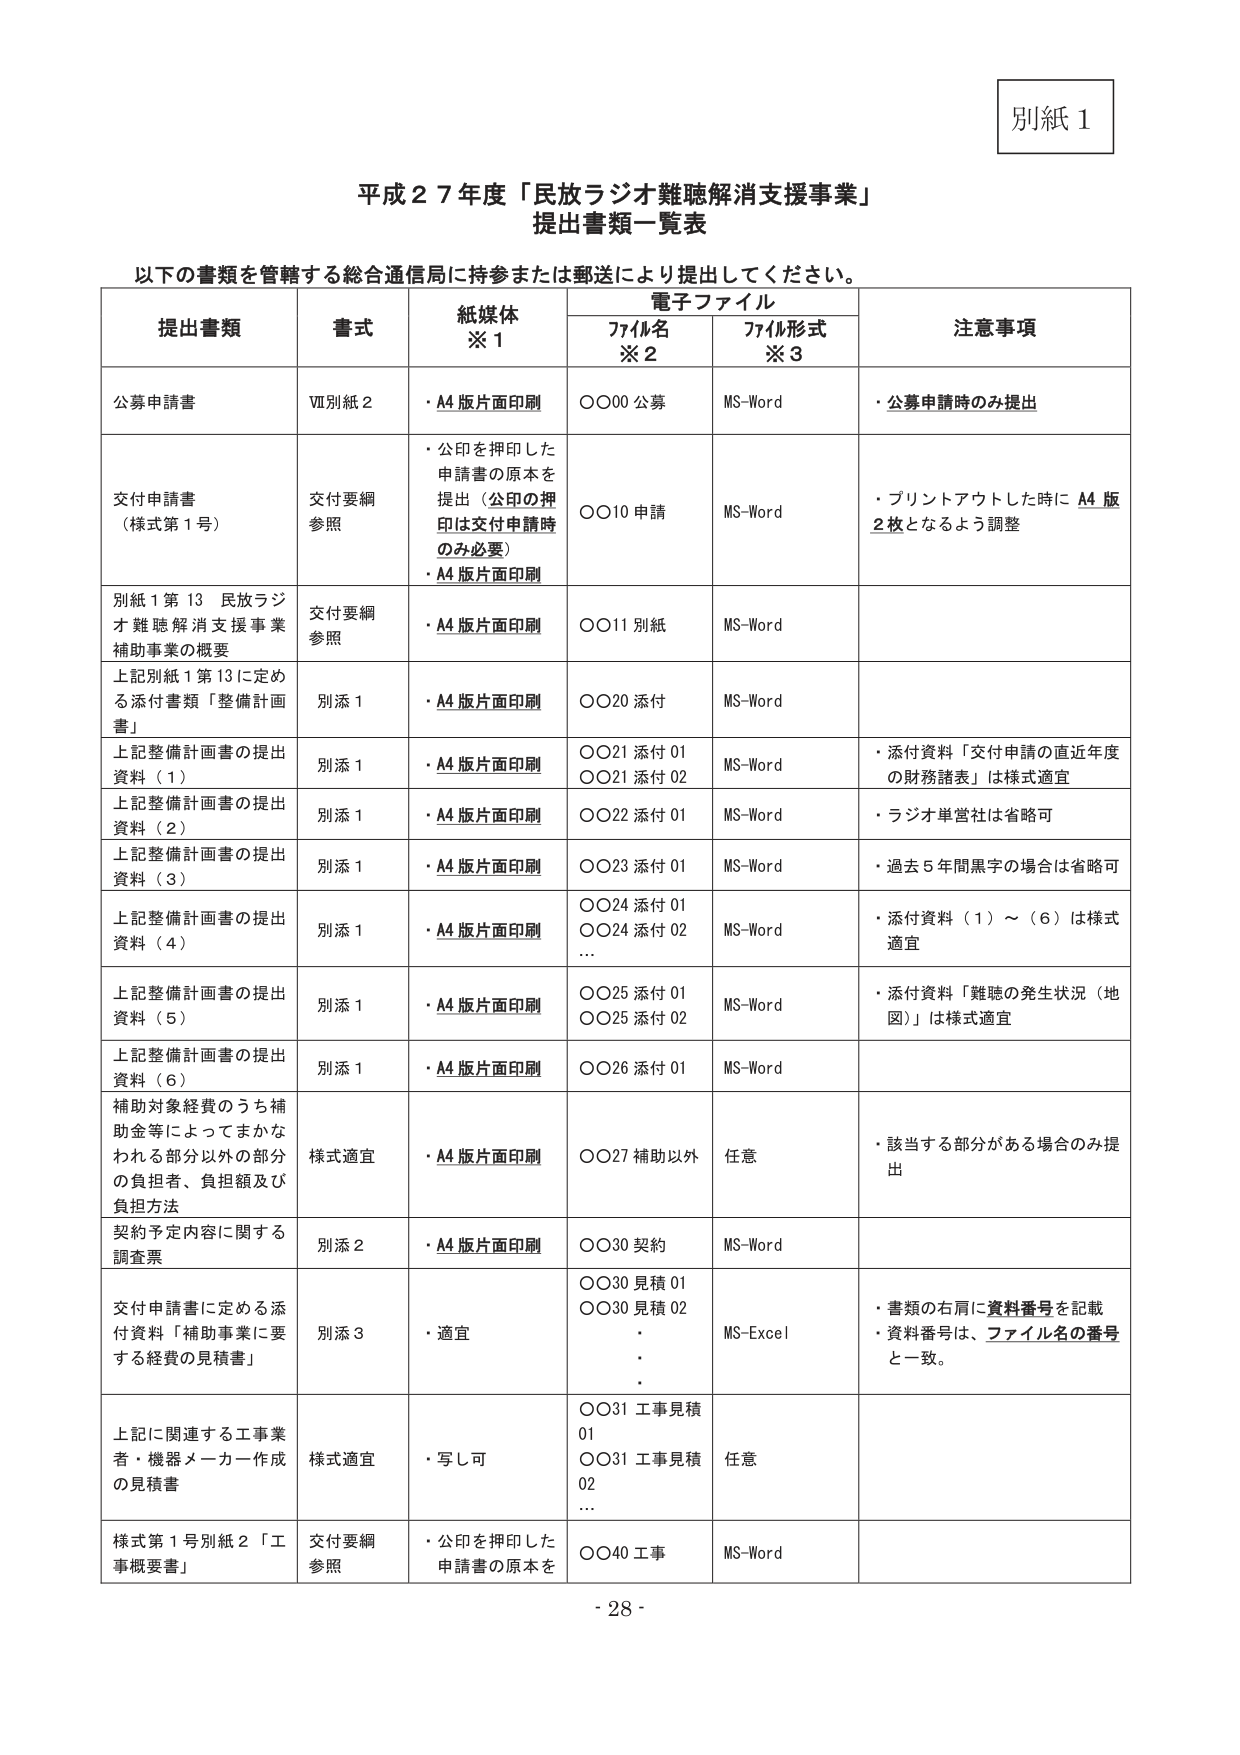
別紙 1

平成２７年度「民放ラジオ難聴解消支援事業」
提出書類一覧表

以下の書類を管轄する総合通信局に持参または郵送により提出してください。

提出書類　　書式　　紙媒体※1　　電子ファイル　　注意事項
　　　　　　　　　　　　　　ファイル名※2　　ファイル形式※3

公募申請書　　Ⅶ別紙２　　・A4版片面印刷　　〇〇00 公募　　MS-Word　　・公募申請時のみ提出

交付申請書　　交付要綱　　・公印を押印した　　〇〇10 申請　　MS-Word　　・プリントアウトした時にA4版
（様式第１号）　参照　　　申請書の原本を　　　　　　　　　　　　　　　　2枚となるよう調整
　　　　　　　　　　　　提出（公印の押印は交付申請時のみ必要）
　　　　　　　　　　　　・A4版片面印刷

別紙１第13 民放ラジオ難聴解消支援事業補助事業の概要　　交付要綱参照　　・A4版片面印刷　　〇〇11 別紙　　MS-Word

上記別紙１第13に定める添付書類「整備計画書」　　別添１　　・A4版片面印刷　　〇〇20 添付　　MS-Word

上記整備計画書の提出資料（１）　　別添１　　・A4版片面印刷　　〇〇21 添付01　　MS-Word　　・添付資料「交付申請の直近年度の財務諸表」は様式適宜
　　　　　　　　　　　　　　　　　　　　　　　　　　　　　　〇〇21 添付02

上記整備計画書の提出資料（２）　　別添１　　・A4版片面印刷　　〇〇22 添付01　　MS-Word　　・ラジオ単営社は省略可

上記整備計画書の提出資料（３）　　別添１　　・A4版片面印刷　　〇〇23 添付01　　MS-Word　　・過去5年間黒字の場合は省略可

上記整備計画書の提出資料（４）　　別添１　　・A4版片面印刷　　〇〇24 添付01　　MS-Word　　・添付資料（１）～（６）は様式適宜
　　　　　　　　　　　　　　　　　　　　　　　　　　　　　　〇〇24 添付02
　　　　　　　　　　　　　　　　　　　　　　　　　　　　　　…

上記整備計画書の提出資料（５）　　別添１　　・A4版片面印刷　　〇〇25 添付01　　MS-Word　　・添付資料「難聴の発生状況（地図）」は様式適宜
　　　　　　　　　　　　　　　　　　　　　　　　　　　　　　〇〇25 添付02

上記整備計画書の提出資料（６）　　別添１　　・A4版片面印刷　　〇〇26 添付01　　MS-Word

補助対象経費のうち補助金等によってまかなわれる部分以外の部分の負担者、負担額及び負担方法　　様式適宜　　・A4版片面印刷　　〇〇27 補助以外　　任意　　・該当する部分がある場合のみ提出

契約予定内容に関する調査票　　別添２　　・A4版片面印刷　　〇〇30 契約　　MS-Word

交付申請書に定める添付資料「補助事業に要する経費の見積書」　　別添３　　・適宜　　〇〇30 見積01　　MS-Excel　　・書類の右肩に資料番号を記載
　　　　　　　　　　　　　　　　　　　　　　　　　　　　　　〇〇30 見積02　　・資料番号は、ファイル名の番号と一致。
　　　　　　　　　　　　　　　　　　　　　　　　　　　　　　・
　　　　　　　　　　　　　　　　　　　　　　　　　　　　　　・
　　　　　　　　　　　　　　　　　　　　　　　　　　　　　　・

上記に関連する工事業者・機器メーカー作成の見積書　　様式適宜　　・写し可　　〇〇31 工事見積01　　任意
　　　　　　　　　　　　　　　　　　　　　　　　　　　　　　〇〇31 工事見積02
　　　　　　　　　　　　　　　　　　　　　　　　　　　　　　…

様式第１号別紙２「工事概要書」　　交付要綱参照　　・公印を押印した申請書の原本を　　〇〇40 工事　　MS-Word

- 28 -